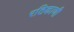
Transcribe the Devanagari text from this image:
रठिकाणी